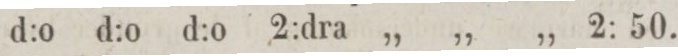
d:o d:o d:o 2:dra „ „ „ 2:50.